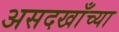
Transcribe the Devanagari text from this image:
असदखाँच्या